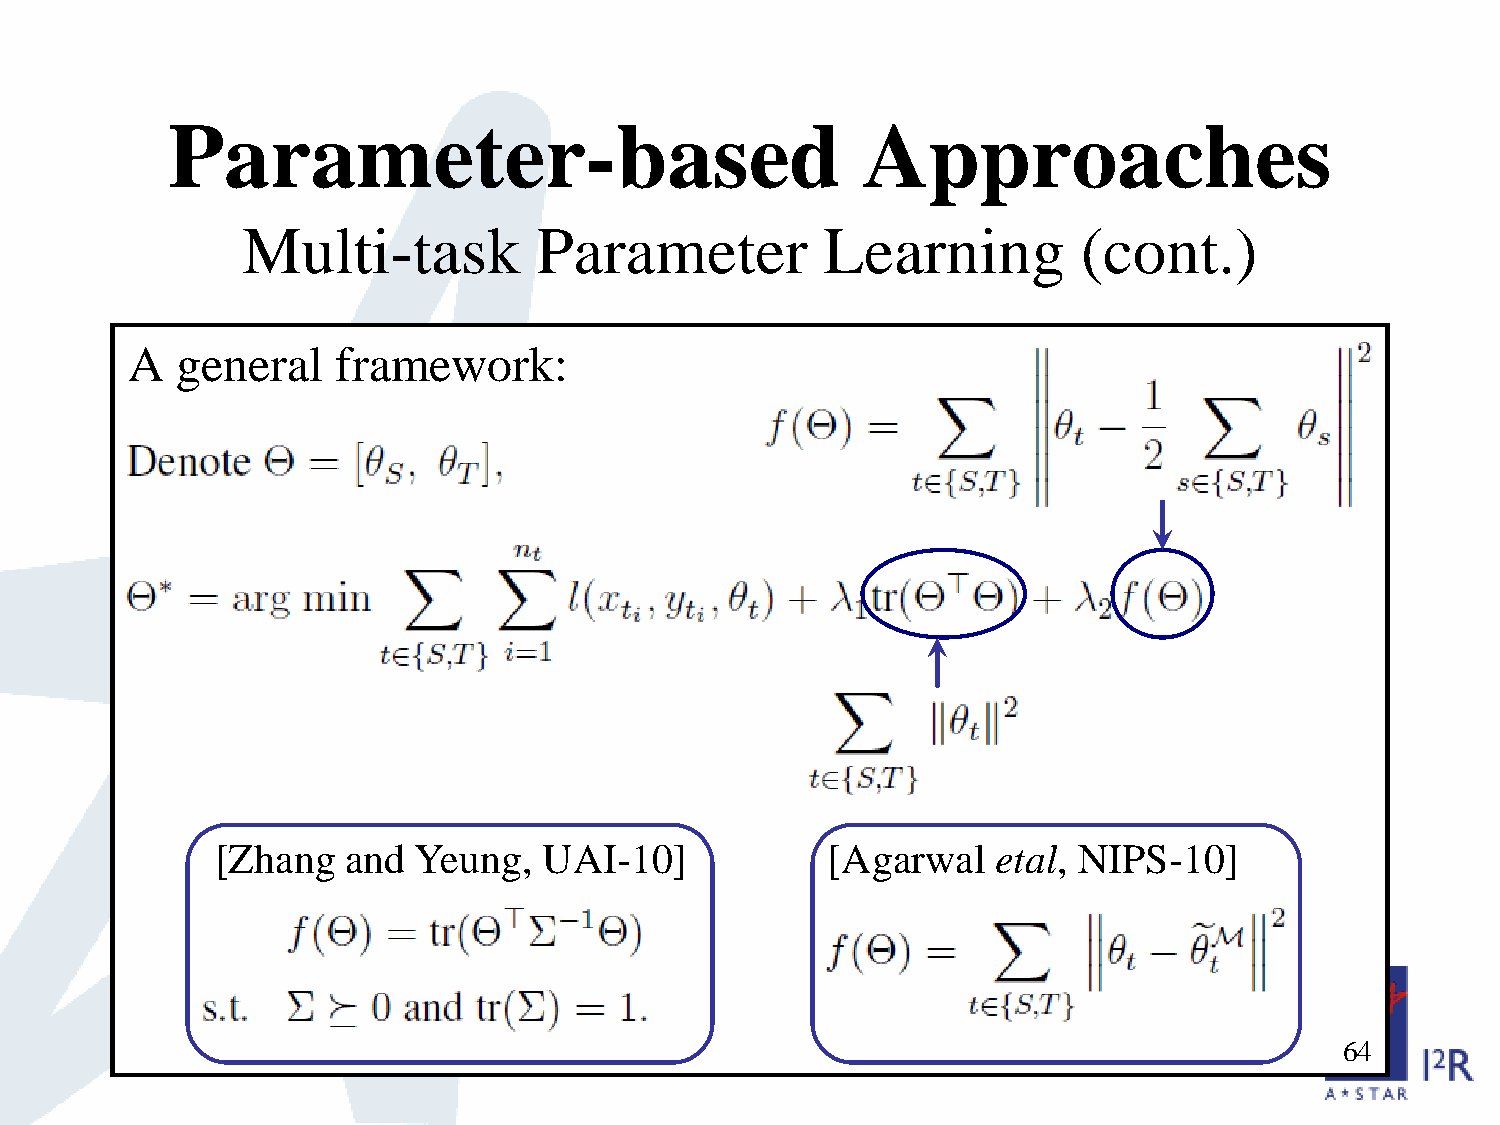
Parameter-based                               Approaches
 Multi-task          Parameter          Learning         (cont.)
 A   general   framework:
 [Zhang   and Yeung,   UAI-10]            [Agarwal   etal, NIPS-10]
 64